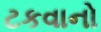
ટકવાનો